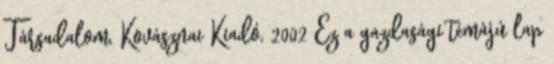
Társadalom, Kovásznai Kiadó, 2002 Ez a gazdasági témájú lap